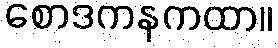
စောဒကနကထာ။